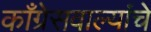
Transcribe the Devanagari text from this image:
काँग्रेसवाल्यांचे